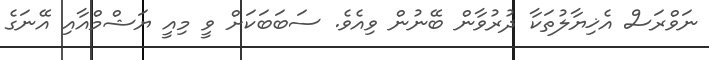
ނަވްރަސް އެޚިޔާލުތަކާ ދުރުވާން ބޭނުން ވިއެވެ. ސަބަބަކަށް ވީ މިއީ ޔަޝްމްއާއި އޭނަގެ